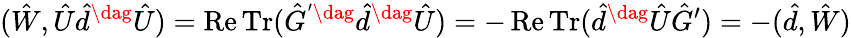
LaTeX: (\hat{W},\hat{U}\hat{d}^{\dag}\hat{U})=\operatorname{Re}\operatorname{Tr}(\hat{G}^{'\dag}\hat{d}^{\dag}\hat{U})=-\operatorname{Re}\operatorname{Tr}(\hat{d}^{\dag}\hat{U}\hat{G}^{\prime})=-(\hat{d},\hat{W})